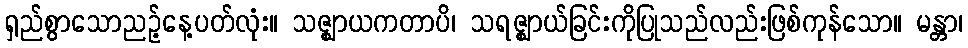
ရှည်စွာသောညဉ့်နေ့ပတ်လုံး။ သဇ္ဈာယကတာပိ၊ သရဇ္ဈာယ်ခြင်းကိုပြုသည်လည်းဖြစ်ကုန်သော။ မန္တာ၊